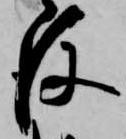
後